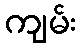
ကျမ်း